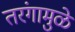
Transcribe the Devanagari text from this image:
तरंगामुळे